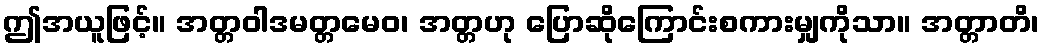
ဤအယူဖြင့်။ အတ္တဝါဒမတ္တမေဝ၊ အတ္တဟု ပြောဆိုကြောင်းစကားမျှကိုသာ။ အတ္တာတိ၊